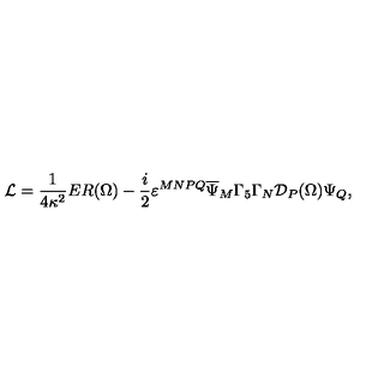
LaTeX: { \cal L } = \frac { 1 } { 4 \kappa ^ { 2 } } E R ( \Omega ) - \frac { i } { 2 } \varepsilon ^ { M N P Q } \overline { { \Psi } } _ { M } \Gamma _ { 5 } \Gamma _ { N } { \cal D } _ { P } ( \Omega ) \Psi _ { Q } ,